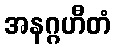
အနဂ္ဂဟီတံ